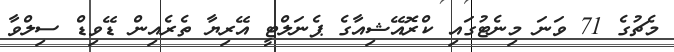
މެޗުގެ 71 ވަނަ މިނެޓުގައި ކްރޮއޭޝިއާގެ ޕެނަލްޓީ އޭރިޔާ ތެރެއިން ޑޭވިޑް ސިލްވާ